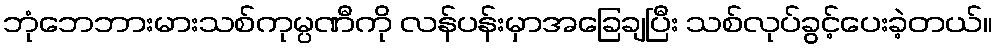
ဘုံဘေဘားမားသစ်ကုမ္ပဏီကို လန်ပန်းမှာအခြေချပြီး သစ်လုပ်ခွင့်ပေးခဲ့တယ်။